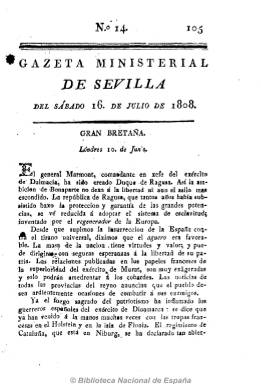
Título: Gazeta ministerial de Sevilla
Otros títulos: Gaceta ministerial de Sevilla
Colección: Gacetas
Ámbito geográfico: Sevilla
Lugar de publicación: Sevilla
Fechas: 16/07/1808-23/07/1808

A los cuatro días del levantamiento popular en Sevilla contra la invasión del ejército napoleónico, el miércoles, uno de junio de 1808 aparece este periódico, estampado “con superior permiso” en la Imprenta de la Viuda de Hidalgo y Sobrino, como órgano oficioso de la Suprema Junta de esta provincia. Publicará las proclamas, alocuciones, bandos y edictos de la junta, así como noticias de las operaciones militares y de los movimientos organizativos y patrióticos que se están llevando acabo para hacer frente al ejército invasor en las diferentes provincias españolas, especialmente en Andalucía, siendo destacables las crónicas político-militares referentes a batallas como la de Bailén y Trafalgar. También incluye noticias de Europa. Su director será el fraile José Manuel Gil, y en su redacción intervienen dos liberales: Alberto Lista y Justino Matute Gaviria. En números de ocho páginas, publica algún extraordinario y suplemento. Con frecuencia bisemanal (primero, miércoles y sábados; y desde el número 20, martes y viernes) cesa de publicarse el martes, diez de enero de 1809 (número 65), tras huir de Madrid y establecerse en Sevilla la Junta Central, que empieza a publicar su propio periódico oficial en esta ciudad: Gazeta del Gobierno, en sustitución de la Gazeta de Madrid, que había quedado en manos francesas.